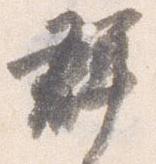
群